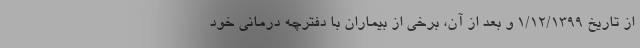
از تاریخ ۱/۱۲/۱۳۹۹ و بعد از آن، برخی از بیماران با دفترچه درمانی خود